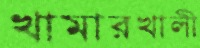
খামারখালী